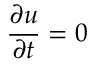
{ \frac { \partial u } { \partial t } } = 0